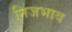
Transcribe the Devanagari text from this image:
निजभाव